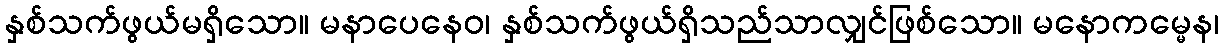
နှစ်သက်ဖွယ်မရှိသော။ မနာပေနေဝ၊ နှစ်သက်ဖွယ်ရှိသည်သာလျှင်ဖြစ်သော။ မနောကမ္မေန၊